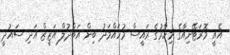
އެއީ މޮރަޓޭނިއާގެ މިހާރުގެ ރައީސް މުހައްމަދު ބިން އަބްދުލް އަޒީޒް އަދި ސައުދީ